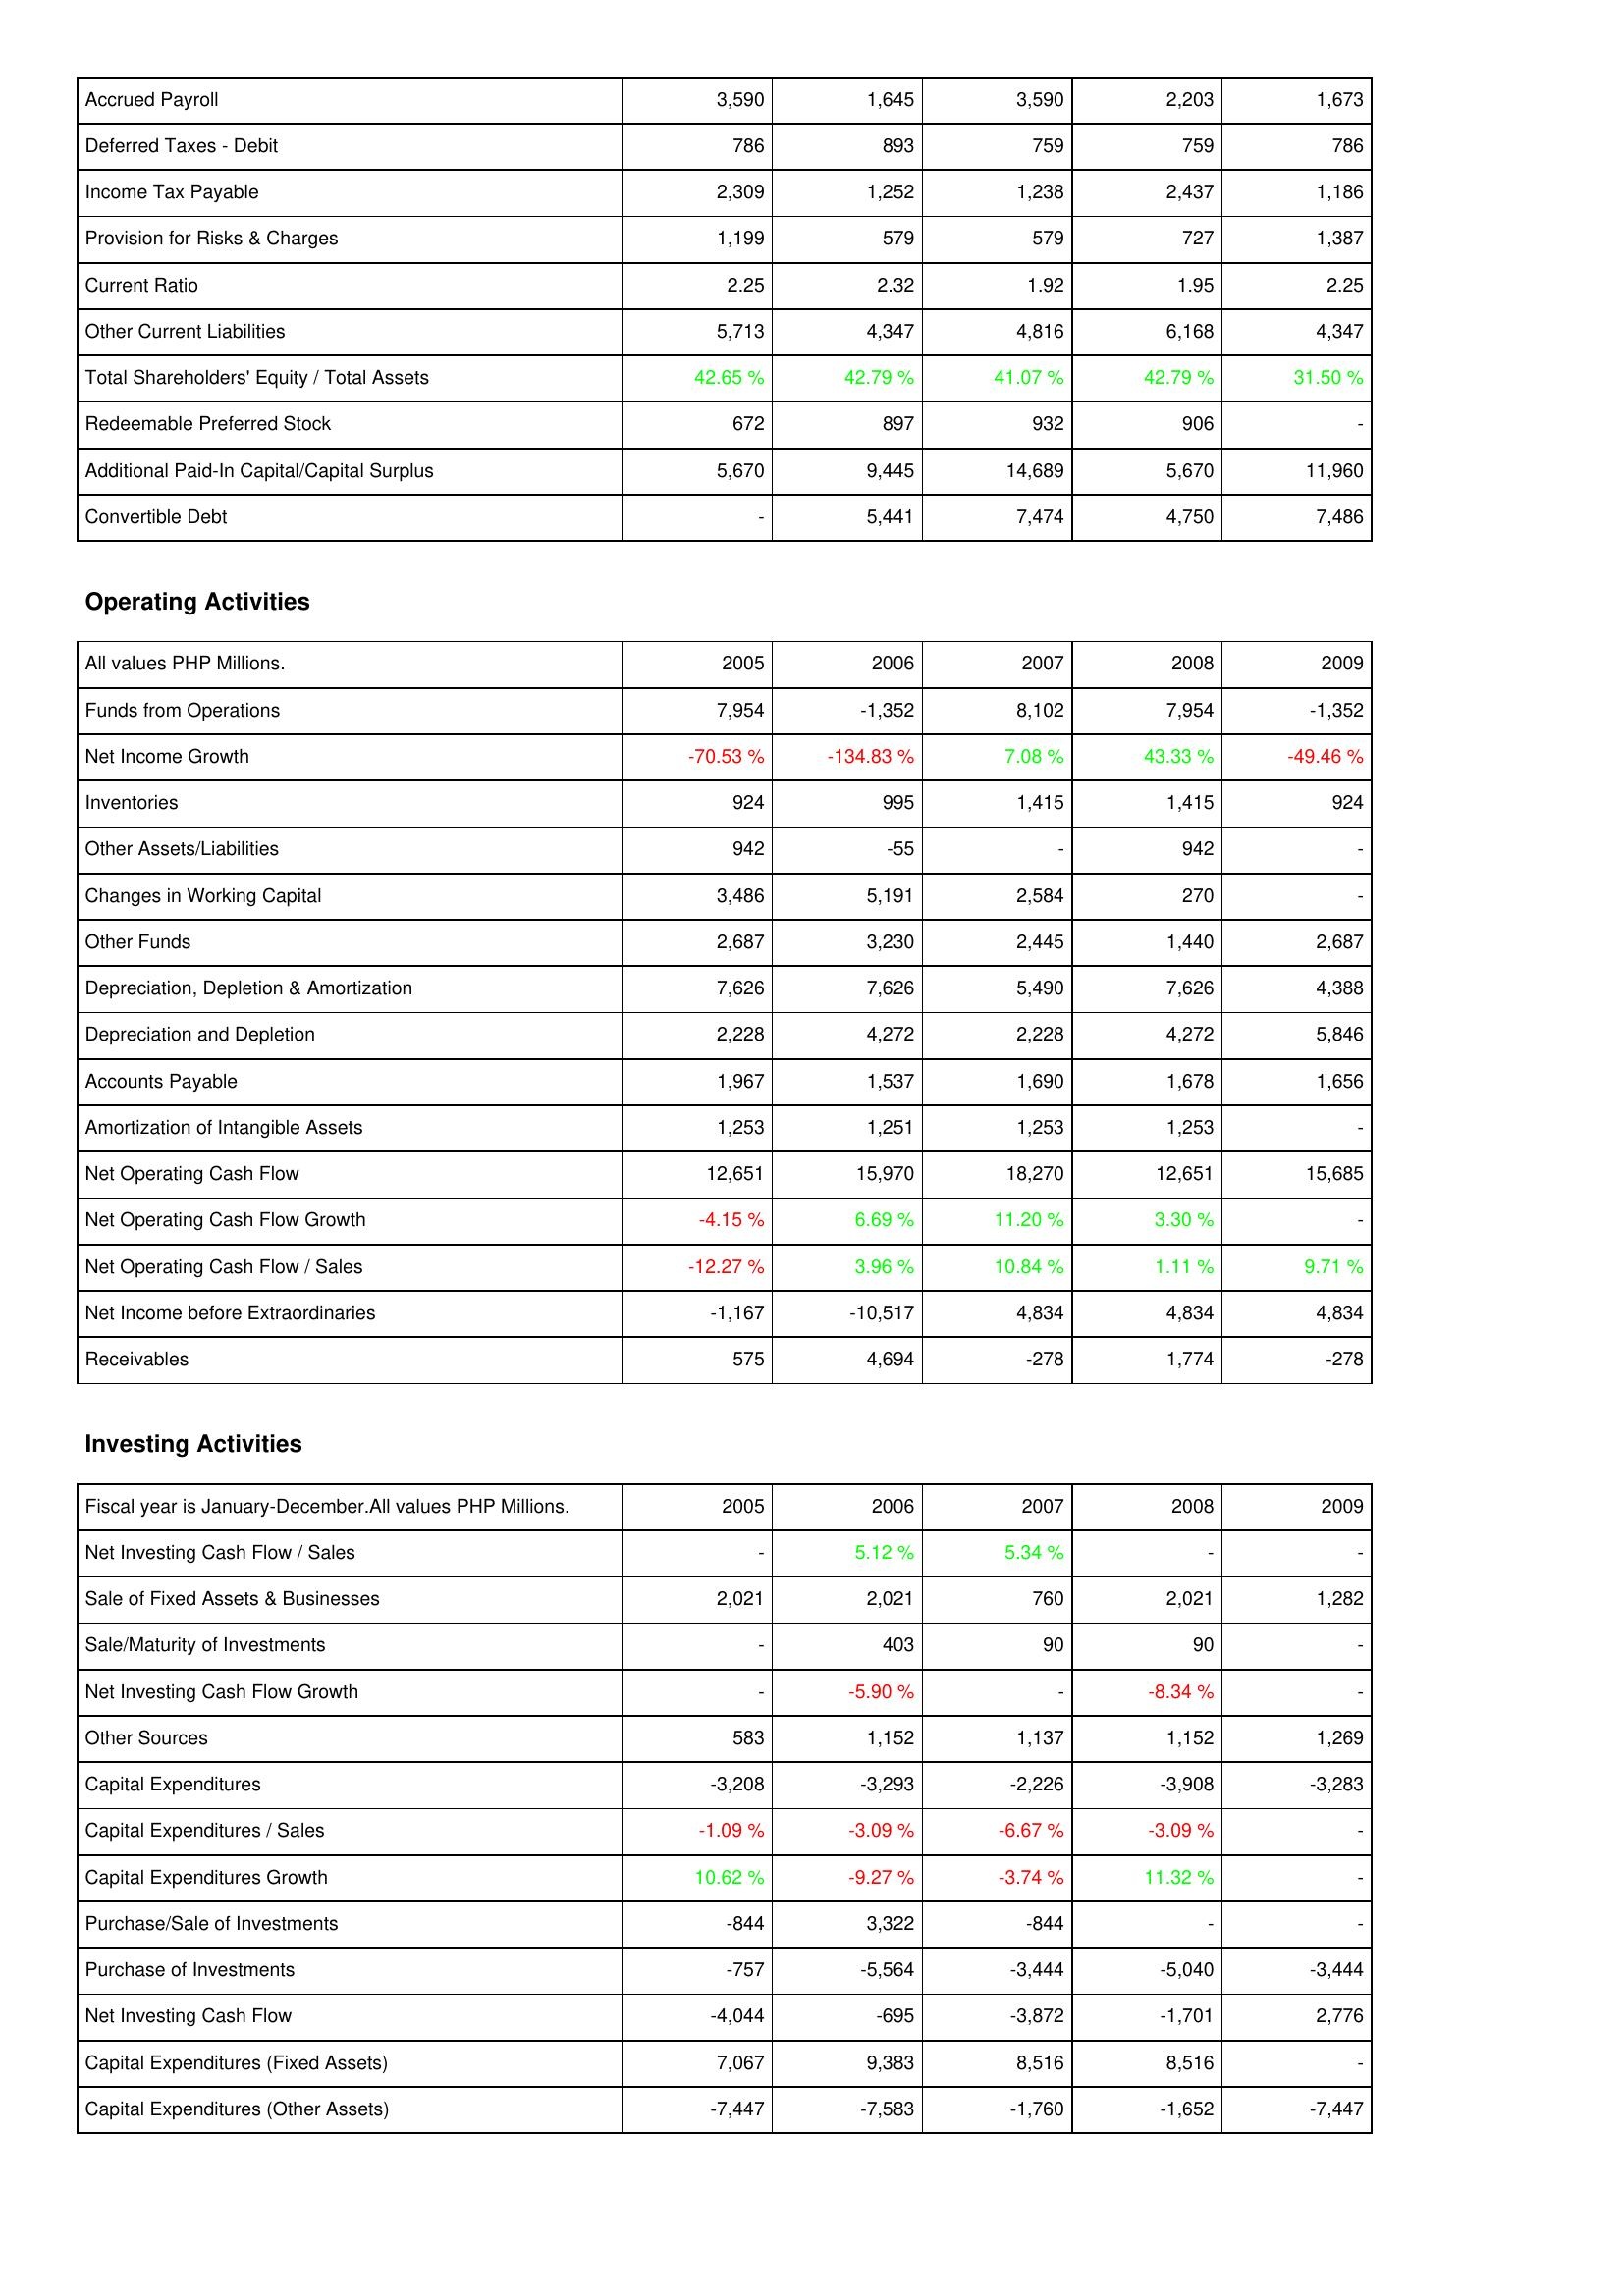
2005: Liabilities & Shareholders' Equity: Accrued Payroll: 3,590
Deferred Taxes - Debit: 786
Income Tax Payable: 2,309
Provision for Risks & Charges: 1,199
Current Ratio: 2.25
Other Current Liabilities: 5,713
Total Shareholders' Equity / Total Assets: 42.65 %
Redeemable Preferred Stock: 672
Additional Paid-In Capital/Capital Surplus: 5,670
Convertible Debt: -
Operating Activities: Funds from Operations: 7,954
Net Income Growth: -70.53 %
Inventories: 924
Other Assets/Liabilities: 942
Changes in Working Capital: 3,486
Other Funds: 2,687
Depreciation, Depletion & Amortization: 7,626
Depreciation and Depletion: 2,228
Accounts Payable: 1,967
Amortization of Intangible Assets: 1,253
Net Operating Cash Flow: 12,651
Net Operating Cash Flow Growth: -4.15 %
Net Operating Cash Flow / Sales: -12.27 %
Net Income before Extraordinaries: -1,167
Receivables: 575
Investing Activities: Net Investing Cash Flow / Sales: -
Sale of Fixed Assets & Businesses: 2,021
Sale/Maturity of Investments: -
Net Investing Cash Flow Growth: -
Other Sources: 583
Capital Expenditures: -3,208
Capital Expenditures / Sales: -1.09 %
Capital Expenditures Growth: 10.62 %
Purchase/Sale of Investments: -844
Purchase of Investments: -757
Net Investing Cash Flow: -4,044
Capital Expenditures (Fixed Assets): 7,067
Capital Expenditures (Other Assets): -7,447
2006: Liabilities & Shareholders' Equity: Accrued Payroll: 1,645
Deferred Taxes - Debit: 893
Income Tax Payable: 1,252
Provision for Risks & Charges: 579
Current Ratio: 2.32
Other Current Liabilities: 4,347
Total Shareholders' Equity / Total Assets: 42.79 %
Redeemable Preferred Stock: 897
Additional Paid-In Capital/Capital Surplus: 9,445
Convertible Debt: 5,441
Operating Activities: Funds from Operations: -1,352
Net Income Growth: -134.83 %
Inventories: 995
Other Assets/Liabilities: -55
Changes in Working Capital: 5,191
Other Funds: 3,230
Depreciation, Depletion & Amortization: 7,626
Depreciation and Depletion: 4,272
Accounts Payable: 1,537
Amortization of Intangible Assets: 1,251
Net Operating Cash Flow: 15,970
Net Operating Cash Flow Growth: 6.69 %
Net Operating Cash Flow / Sales: 3.96 %
Net Income before Extraordinaries: -10,517
Receivables: 4,694
Investing Activities: Net Investing Cash Flow / Sales: 5.12 %
Sale of Fixed Assets & Businesses: 2,021
Sale/Maturity of Investments: 403
Net Investing Cash Flow Growth: -5.90 %
Other Sources: 1,152
Capital Expenditures: -3,293
Capital Expenditures / Sales: -3.09 %
Capital Expenditures Growth: -9.27 %
Purchase/Sale of Investments: 3,322
Purchase of Investments: -5,564
Net Investing Cash Flow: -695
Capital Expenditures (Fixed Assets): 9,383
Capital Expenditures (Other Assets): -7,583
2007: Liabilities & Shareholders' Equity: Accrued Payroll: 3,590
Deferred Taxes - Debit: 759
Income Tax Payable: 1,238
Provision for Risks & Charges: 579
Current Ratio: 1.92
Other Current Liabilities: 4,816
Total Shareholders' Equity / Total Assets: 41.07 %
Redeemable Preferred Stock: 932
Additional Paid-In Capital/Capital Surplus: 14,689
Convertible Debt: 7,474
Operating Activities: Funds from Operations: 8,102
Net Income Growth: 7.08 %
Inventories: 1,415
Other Assets/Liabilities: -
Changes in Working Capital: 2,584
Other Funds: 2,445
Depreciation, Depletion & Amortization: 5,490
Depreciation and Depletion: 2,228
Accounts Payable: 1,690
Amortization of Intangible Assets: 1,253
Net Operating Cash Flow: 18,270
Net Operating Cash Flow Growth: 11.20 %
Net Operating Cash Flow / Sales: 10.84 %
Net Income before Extraordinaries: 4,834
Receivables: -278
Investing Activities: Net Investing Cash Flow / Sales: 5.34 %
Sale of Fixed Assets & Businesses: 760
Sale/Maturity of Investments: 90
Net Investing Cash Flow Growth: -
Other Sources: 1,137
Capital Expenditures: -2,226
Capital Expenditures / Sales: -6.67 %
Capital Expenditures Growth: -3.74 %
Purchase/Sale of Investments: -844
Purchase of Investments: -3,444
Net Investing Cash Flow: -3,872
Capital Expenditures (Fixed Assets): 8,516
Capital Expenditures (Other Assets): -1,760
2008: Liabilities & Shareholders' Equity: Accrued Payroll: 2,203
Deferred Taxes - Debit: 759
Income Tax Payable: 2,437
Provision for Risks & Charges: 727
Current Ratio: 1.95
Other Current Liabilities: 6,168
Total Shareholders' Equity / Total Assets: 42.79 %
Redeemable Preferred Stock: 906
Additional Paid-In Capital/Capital Surplus: 5,670
Convertible Debt: 4,750
Operating Activities: Funds from Operations: 7,954
Net Income Growth: 43.33 %
Inventories: 1,415
Other Assets/Liabilities: 942
Changes in Working Capital: 270
Other Funds: 1,440
Depreciation, Depletion & Amortization: 7,626
Depreciation and Depletion: 4,272
Accounts Payable: 1,678
Amortization of Intangible Assets: 1,253
Net Operating Cash Flow: 12,651
Net Operating Cash Flow Growth: 3.30 %
Net Operating Cash Flow / Sales: 1.11 %
Net Income before Extraordinaries: 4,834
Receivables: 1,774
Investing Activities: Net Investing Cash Flow / Sales: -
Sale of Fixed Assets & Businesses: 2,021
Sale/Maturity of Investments: 90
Net Investing Cash Flow Growth: -8.34 %
Other Sources: 1,152
Capital Expenditures: -3,908
Capital Expenditures / Sales: -3.09 %
Capital Expenditures Growth: 11.32 %
Purchase/Sale of Investments: -
Purchase of Investments: -5,040
Net Investing Cash Flow: -1,701
Capital Expenditures (Fixed Assets): 8,516
Capital Expenditures (Other Assets): -1,652
2009: Liabilities & Shareholders' Equity: Accrued Payroll: 1,673
Deferred Taxes - Debit: 786
Income Tax Payable: 1,186
Provision for Risks & Charges: 1,387
Current Ratio: 2.25
Other Current Liabilities: 4,347
Total Shareholders' Equity / Total Assets: 31.50 %
Redeemable Preferred Stock: -
Additional Paid-In Capital/Capital Surplus: 11,960
Convertible Debt: 7,486
Operating Activities: Funds from Operations: -1,352
Net Income Growth: -49.46 %
Inventories: 924
Other Assets/Liabilities: -
Changes in Working Capital: -
Other Funds: 2,687
Depreciation, Depletion & Amortization: 4,388
Depreciation and Depletion: 5,846
Accounts Payable: 1,656
Amortization of Intangible Assets: -
Net Operating Cash Flow: 15,685
Net Operating Cash Flow Growth: -
Net Operating Cash Flow / Sales: 9.71 %
Net Income before Extraordinaries: 4,834
Receivables: -278
Investing Activities: Net Investing Cash Flow / Sales: -
Sale of Fixed Assets & Businesses: 1,282
Sale/Maturity of Investments: -
Net Investing Cash Flow Growth: -
Other Sources: 1,269
Capital Expenditures: -3,283
Capital Expenditures / Sales: -
Capital Expenditures Growth: -
Purchase/Sale of Investments: -
Purchase of Investments: -3,444
Net Investing Cash Flow: 2,776
Capital Expenditures (Fixed Assets): -
Capital Expenditures (Other Assets): -7,447